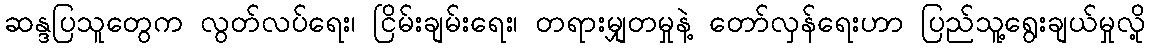
ဆန္ဒပြသူတွေက လွတ်လပ်ရေး၊ ငြိမ်းချမ်းရေး၊ တရားမျှတမှုနဲ့ တော်လှန်ရေးဟာ ပြည်သူ့ရွေးချယ်မှုလို့